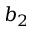
b _ { 2 }